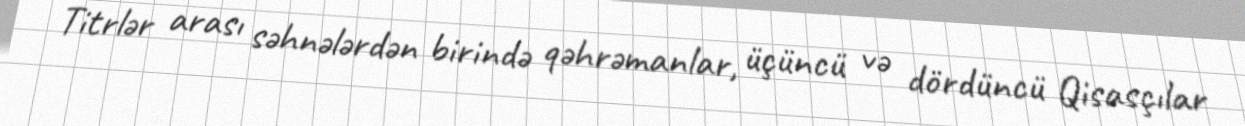
Titrlər arası səhnələrdən birində qəhrəmanlar, üçüncü və dördüncü Qisasçılar